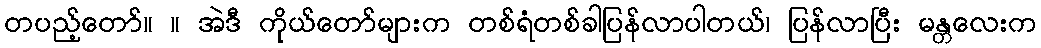
တပည့်တော်။ ။ အဲဒီ ကိုယ်တော်များက တစ်ရံတစ်ခါပြန်လာပါတယ်၊ ပြန်လာပြီး မန္တလေးက